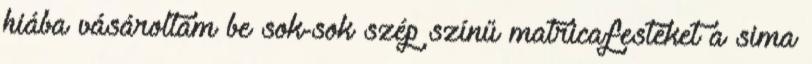
hiába vásároltam be sok-sok szép színű matricafestéket a sima